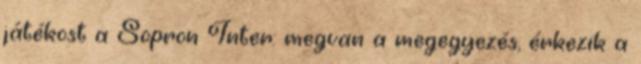
játékost a Sopron Inter: megvan a megegyezés, érkezik a